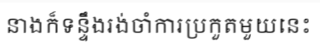
នាងក៏ទន្ទឹងរង់ចាំការប្រកួតមួយនេះ